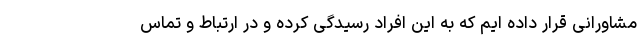
مشاورانی قرار داده ایم که به این افراد رسیدگی کرده و در ارتباط و تماس